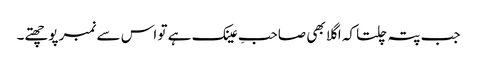
جب پتہ چلتا کہ اگلا بھی صاحبِ عینک ہے تو اس سے نمبر پوچھتے۔